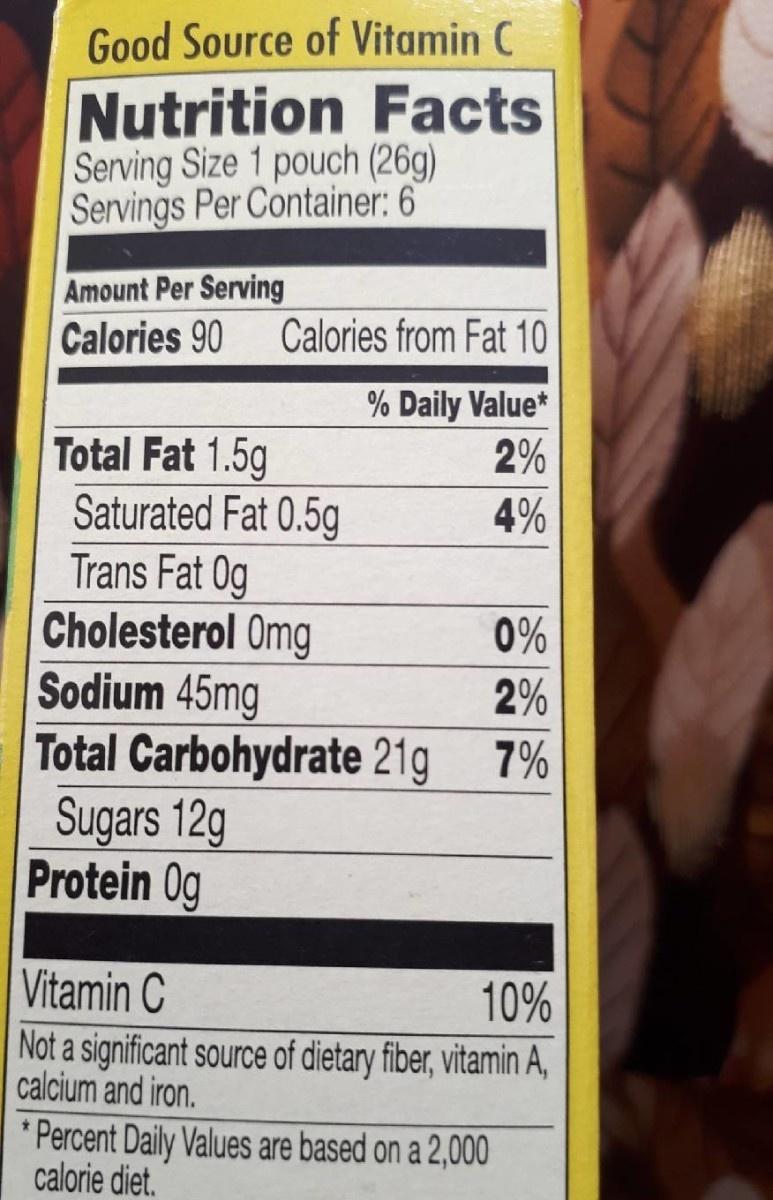
Good Source of Vitamin C Nutrition Facts Serving Size 1 pouch (26g) Servings Per Container: 6 Amount Per Serving Calories 90 Calories from Fat 10 % Daily Value 2% Total Fat 1.5g Saturated Fat 0.5g Trans Fat 0g Cholesterol Omg Sodium 45mg Total Carbohydrate 21g Sugars 12g Protein Og 4% 0% 2% 7% Vitamin C 10% Not a significant source of dietary fiber, vitamin A calcium and iron. Percent Daily Values are based on a 2,000 calorie diet.